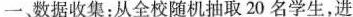
一。数据收集：从全校随机抽取20名学生，进